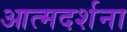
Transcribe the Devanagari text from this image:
आत्मदर्शना